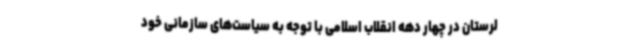
لرستان در چهار دهه انقلاب اسلامی با توجه به سیاست‌های سازمانی خود